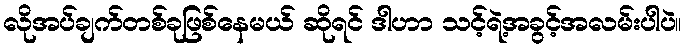
လိုအပ်ချက်တစ်ခုဖြစ်နေမယ် ဆိုရင် ဒါဟာ သင့်ရဲ့အခွင့်အလမ်းပါပဲ။